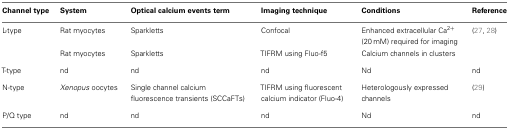
| Channel type | System | Optical calcium events term | Imaging technique | Conditions | Reference |
 | --- | --- | --- | --- | --- | --- |
 | L-type | Rat myocytes | Sparkletts | Confocal | Enhanced extracellular Ca2+ (20 mM) required for imaging | (27, 28) |
 |  | Rat myocytes | Sparkletts | TIFRM using Fluo-f5 | Calcium channels in clusters |  |
 | T-type | nd | nd | nd | Nd | nd |
 | N-type | Xenopus oocytes | Single channel calcium fluorescence transients (SCCaFTs) | TIFRM using fluorescent calcium indicator (Fluo-4) | Heterologously expressed channels | (29) |
 | P/Q type | nd | nd | nd | Nd | nd |